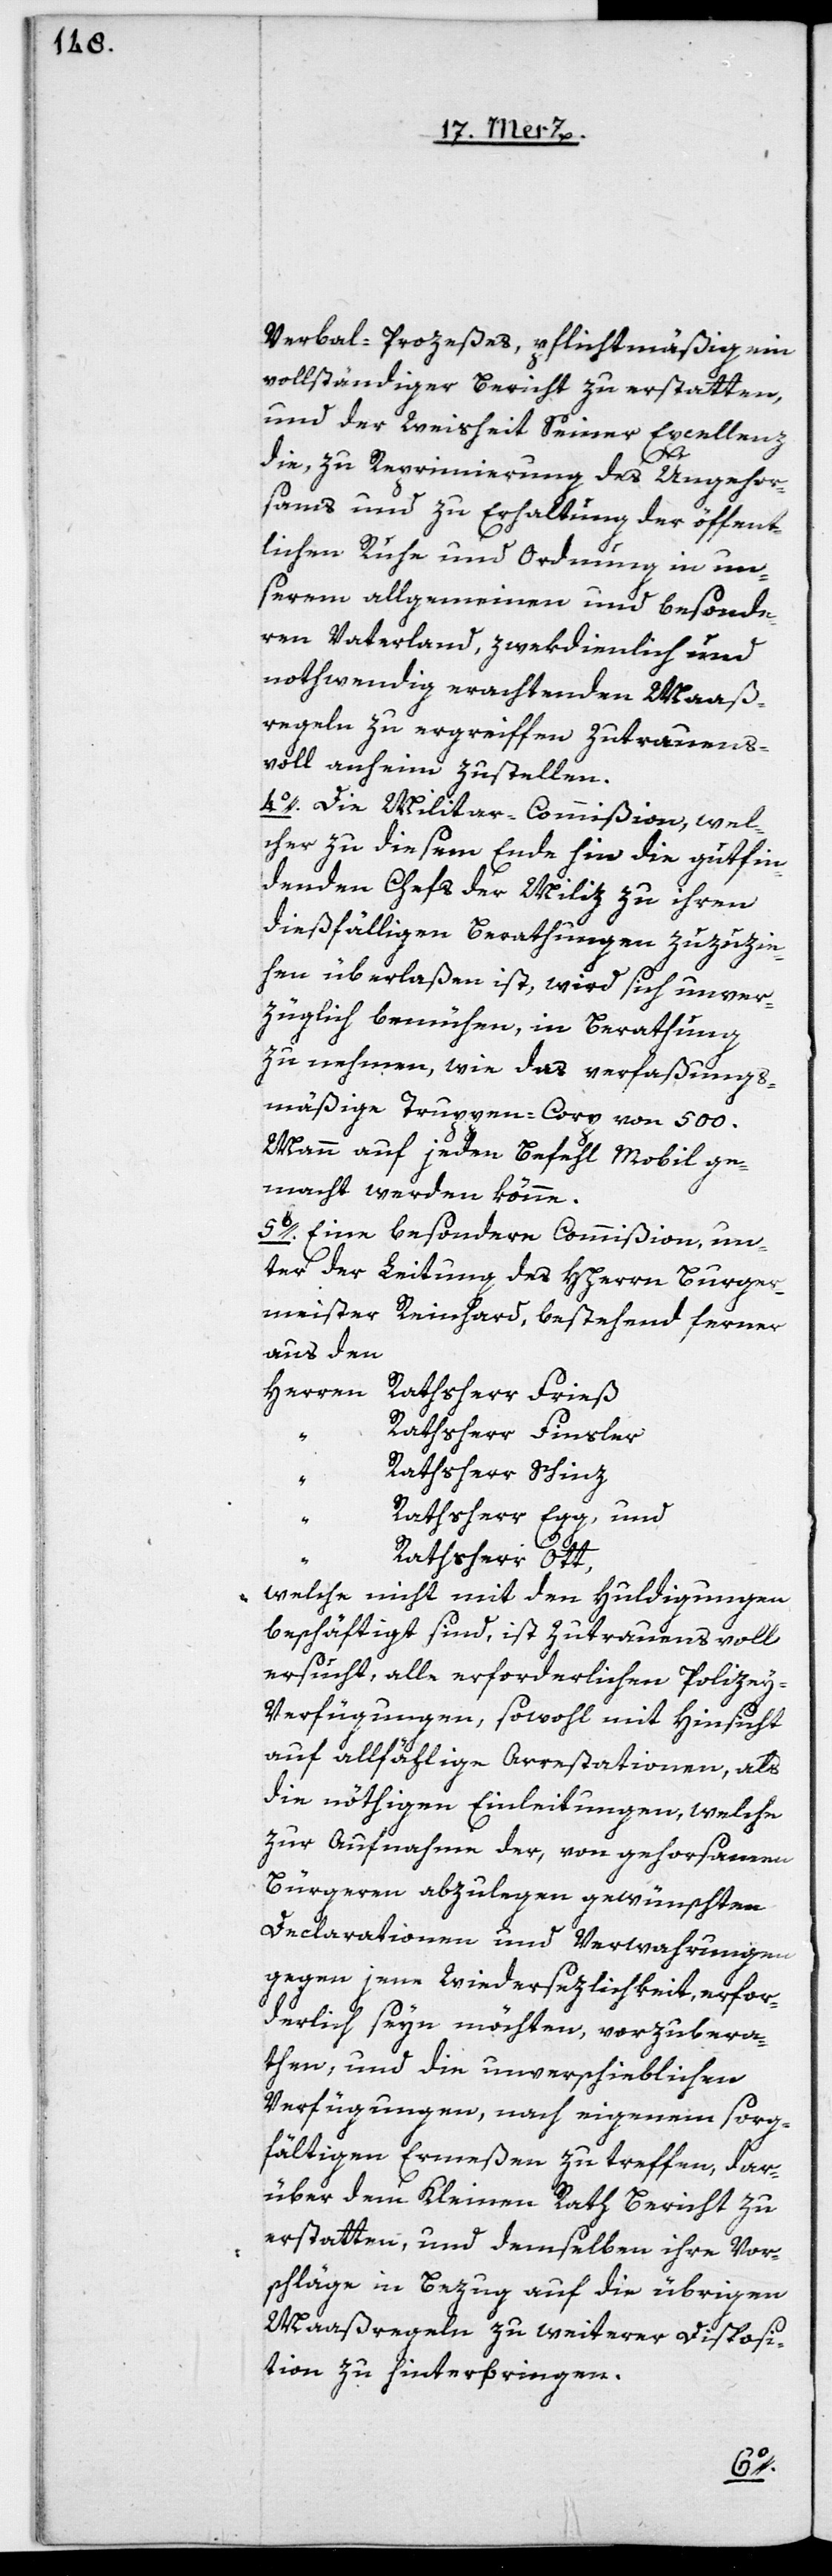
Verbal-Prozeßes, pflichtmäßig ein
vollständiger Bericht zu erstatten,
und der Weisheit Seiner Excellenz
die, zu Reprimierung des Ungehor¬
sams und zu Erhaltung der öffent¬
lichen Ruhe und Ordnung in un¬
serm allgemeinen und besonde¬
ren Vaterland, zwekdienlich und
nothwendig erachtenden Maaß¬
regeln zu ergreiffen zutrauens¬
voll anheim zustellen.
4o. Die Militair-Commißion, wel¬
cher zu diesem Ende hin die gutfin¬
denden Chefs der Miliz zu ihren
dießfälligen Berathungen zuzuzie¬
hen überlaßen ist, wird sich unver¬
züglich bemühen, in Berathung
zu nehmen, wie das verfaßungs¬
mäßige Truppen-Corp von 500.
Mann auf jeden Befehl Mobil ge¬
macht werden könne.
5o. Eine besondere Commißion, un¬
ter der Leitung des HHerrn Burger¬
meister Reinhard, bestehend ferner
aus den
Herren Rathsherr Frieß
Rathsherr Finsler
Rathsherr Schinz
Rathsherr Egg, und
Rathsherr Ott,
welche nicht mit den Huldigungen
beschäftigt sind, ist zurauensvoll
ersucht, alle erforderlichen Polizey-V¬
erfügungen, sowohl mit Hinsicht
auf allfählige Arrstationen, als
die nöthigen Einleitungen, welche
zur Aufnahme der, von gehorsamen
Bürgeren, abzulegen gewünschten
Declarationen und Verwahrungen
gegen jene Wiedersezlichkeit, erfor¬
derlich seyn möchten, vorzubera¬
then, und die unverschieblichen
Verfügungen, nach eigenem sorg¬
fältigem Ermeßen zu treffen, dar¬
über dem Kleinen Rath Bericht zu
erstatten, und demselben ihre Vor¬
schläge in Bezug auf die übrigen
Maßregeln zu weiterer Disposi¬
tion zu hinterbringen.